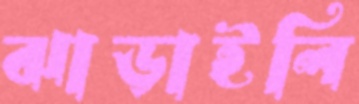
ঝাড়াইলি